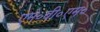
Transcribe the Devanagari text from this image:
एम॰बी॰एम॰